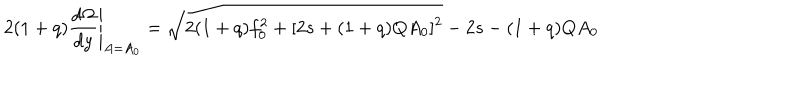
LaTeX: 2 ( 1 + q ) \frac { d \Omega } { d y } \Bigg \vert _ { A = A _ { 0 } } = \sqrt { 2 ( 1 + q ) f _ { 0 } ^ { 2 } + [ 2 s + ( 1 + q ) Q A _ { 0 } ] ^ { 2 } } - 2 s - ( 1 + q ) Q A _ { 0 }